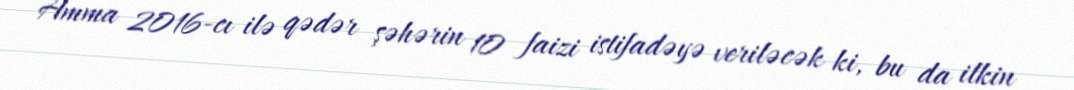
Amma 2016-cı ilə qədər şəhərin 10 faizi istifadəyə veriləcək ki, bu da ilkin